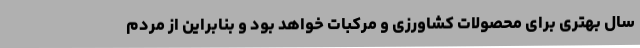
سال بهتری برای محصولات کشاورزی و مرکبات خواهد بود و بنابراین از مردم